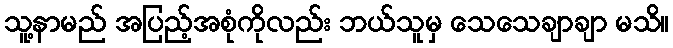
သူ့နာမည် အပြည့်အစုံကိုလည်း ဘယ်သူမှ သေသေချာချာ မသိ။